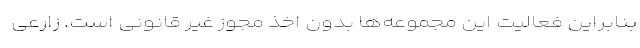
بنابراین فعالیت این مجموعه‌ها بدون اخذ مجوز غیر قانونی است. زارعی